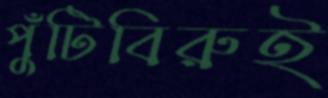
পুঁটিবিরুই